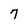
Character: 7